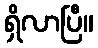
ရှိလာပြီ။